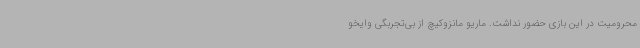
محرومیت در این بازی حضور نداشت. ماریو مانزوکیچ از بی‌تجربگی وایخو